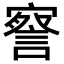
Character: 𭔙